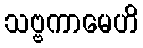
သဗ္ဗကာမေဟိ